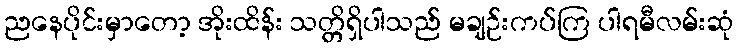
ညနေပိုင်းမှာတော့ အိုးထိန်း သတ္တိရှိပါသည် မချဉ်းကပ်ကြ ပါရမီလမ်းဆုံ